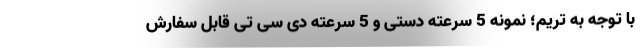
با توجه به تریم؛ نمونه 5 سرعته دستی و 5 سرعته دی سی تی قابل سفارش